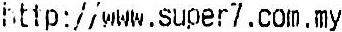
HTTP://WWW.SUPER7.COM.MY